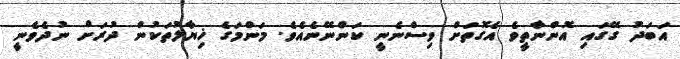
އަބަދު ގޭގައި އޮންނާތީވެ އެގޮތަށް ވިސްނެނީ ކަންނޭނެއެވެ. މަންމަގެ ޚިޔާލުތަކުން ދުރަށް ނުދެވެނީ